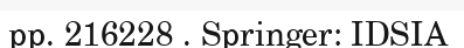
pp. 216228 . Springer: IDSIA